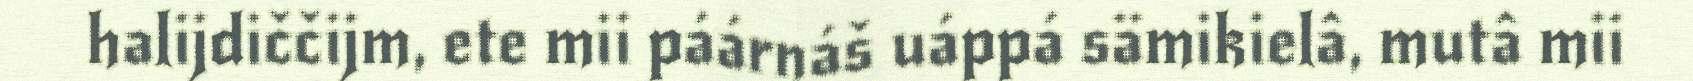
halijdiččijm, ete mii páárnáš uáppá sämikielâ, mutâ mii